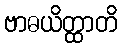
ဗာဓယိတ္ထာတိ